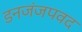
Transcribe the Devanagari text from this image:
डनजंजपवद